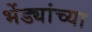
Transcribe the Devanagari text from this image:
भेंड्यांच्या